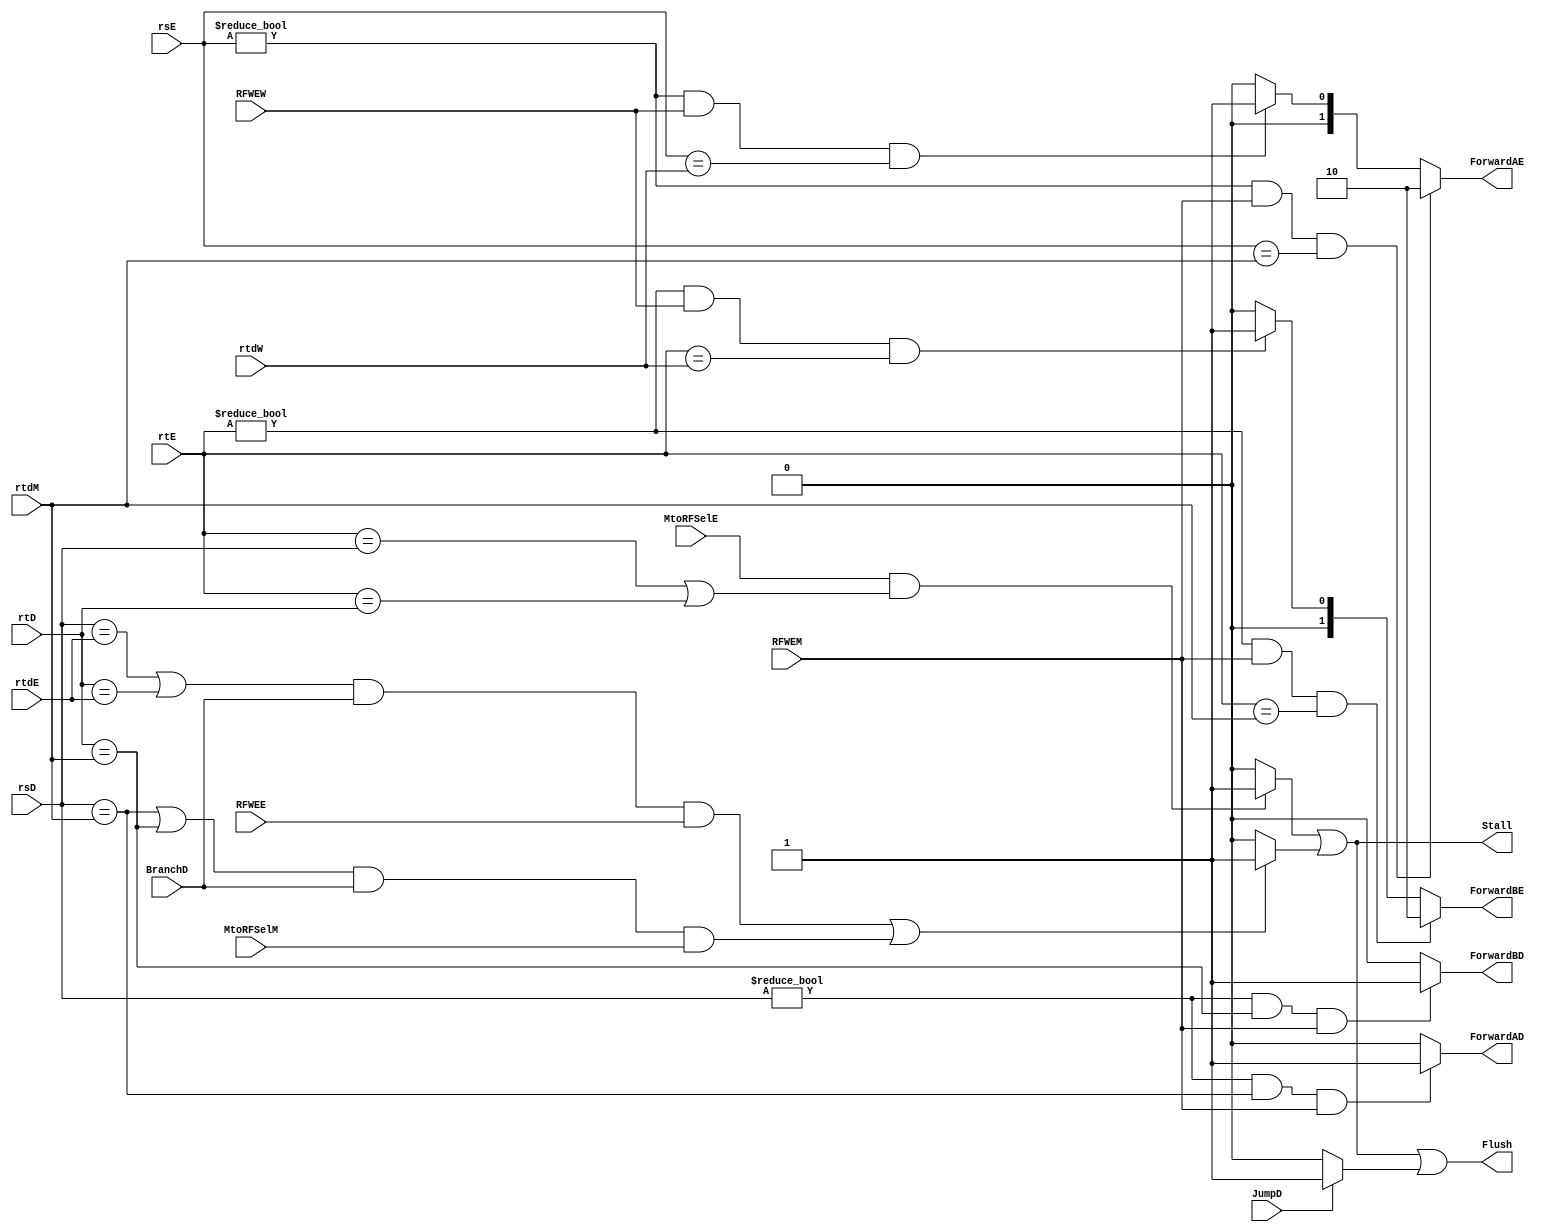
`timescale 1ns / 1ps
//////////////////////////////////////////////////////////////////////////////////
// Company: 
// Engineer: 
// 
// Design Name: 
// Module Name: HAZARD
// Project Name: 
// Target Devices: 
// Tool Versions: 
// Description: 
// 
// Dependencies: 
// 
// Revision:
// Revision 0.01 - File Created
// Additional Comments:
// 
//////////////////////////////////////////////////////////////////////////////////


module HAZARD(
input [4 : 0] rsD, rtD,
input [4 : 0] rsE,rtE, rtdE,
input [4 : 0] rtdM,
input [4 : 0] rtdW,
input MtoRFSelE,
input MtoRFSelM,
input RFWEE,
input RFWEM,
input RFWEW,
input BranchD,
input JumpD,

output reg ForwardAD,ForwardBD,
output reg [1 : 0] ForwardAE,ForwardBE,
output reg Stall,Flush
    );
/*
parameter LWOPCODE = 6'b100011; 
parameter BEQOPCODE = 6'b000100;
*/

reg LWStall, BRStall,JStall;

initial begin
    ForwardAE = 2'b00;          // ASSOCIATED WITH ALUIN1
    ForwardBE = 2'b00;          // ASSOCIATED WITH ALUIN2E
    ForwardAD = 1'b0;           // ASSOCIATED WITH RFRD1 MUX
    ForwardBD = 1'b0;           // ASSOCIATED WITH RFRD2 MUX
    
    Stall = 1'b0;
    Flush = 1'b0;   
    
    LWStall = 1'b0;           
    BRStall = 1'b0;
end
    
    // FORWARDING //
    always @(*)begin
 
    
   //BRStall <= ((rsD == rtdE) || (rtD == rtdE)) && (BranchD) && (RFWEE) || ((rsD == rtdM) || (rtD == rtdM)) && (BranchD) && (MtoRFSelM);
   
   if((((rsD == rtdE) || (rtD == rtdE)) && (BranchD) && (RFWEE)) ||
      (((rsD == rtdM) || (rtD == rtdM)) && (BranchD) && (MtoRFSelM)))begin
    BRStall <= 1'b1;
   end
   
   else begin 
    BRStall <= 1'b0;
   end
   
   //LWStall <= (MtoRFSelE) && ((rtE == rsD) || (rtE == rtD));
   
   if((MtoRFSelE) && ((rtE == rsD) || (rtE == rtD)))begin
    LWStall <= 1'b1;
   end
   
   else begin
    LWStall <= 1'b0;
   end
   
   if(JumpD == 1'b1)begin
    JStall <= 1'b1;
   end
   
   else begin
    JStall <= 1'b0;
   end
   
    //JStall <= JumpD;
    Stall <= LWStall || BRStall;
    Flush <= LWStall || BRStall || JStall;
    
    if((rsD != 0) && (rsD == rtdM) && (RFWEM))begin
        ForwardAD <= 1'b1;
    end
    
    else begin
        ForwardAD <= 1'b0;
    end
    
    if((rsD != 0) && (rtD == rtdM) && (RFWEM))begin
        ForwardBD <= 1'b1;
    end
    
    else begin
        ForwardBD <= 1'b0;
    end
    
    //ForwardAD <= (rsD != 0) && (rsD == rtdM) && (RFWEM);
    //ForwardBD <= (rsD != 0) && (rtD == rtdM) && (RFWEM); 
    
    
    //FORWARDING AE
    if((rsE != 0) && (RFWEM)  && (rsE == rtdM))begin
        ForwardAE <= 2'b10;
    end
   
    else if((rsE != 0) && (RFWEW) && (rsE == rtdW))begin
        ForwardAE <= 2'b01;
    end
    
    else begin
        ForwardAE <= 2'b00;
    end
    
    //FORWARDING BE
    if((rtE != 0) && (RFWEM) && (rtE == rtdM))begin
        ForwardBE <= 2'b10;
    end
    
    else if((rtE != 0) && (RFWEW) && (rtE == rtdW))begin
         ForwardBE <= 2'b01;
    end
    
    else begin
        ForwardBE <= 2'b00;
    end
    
   
    
    end 

    
endmodule